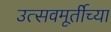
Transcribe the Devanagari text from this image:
उत्सवमूर्तीच्या